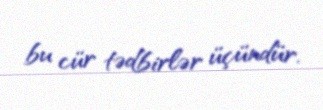
bu cür tədbirlər üçündür.